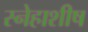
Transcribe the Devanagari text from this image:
स्नेहाशीष